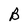
Character: B